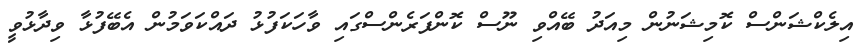
އިލެކްޝަންސް ކޮމިޝަނުން މިއަދު ބޭއްވި ނޫސް ކޮންފަރެންސްގައި ވާހަކަފުޅު ދައްކަވަމުން އެބޭފުޅާ ވިދާޅުވީ